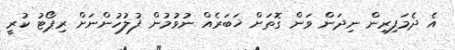
އެ ދެމަފިރިން ނިދަން ވަން ގޮތަށް ޚަބަރެއް ނުވުމުން ފުލުހުންނަށް ރިޕޯޓު ކުރީ